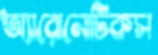
অ্যারোনোটিকস